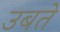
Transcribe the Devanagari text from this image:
उबते